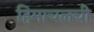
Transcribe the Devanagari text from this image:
हिमाचलची